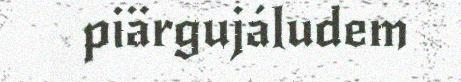
piärgujáludem